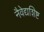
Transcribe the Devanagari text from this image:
नैवेद्यशिष्ट